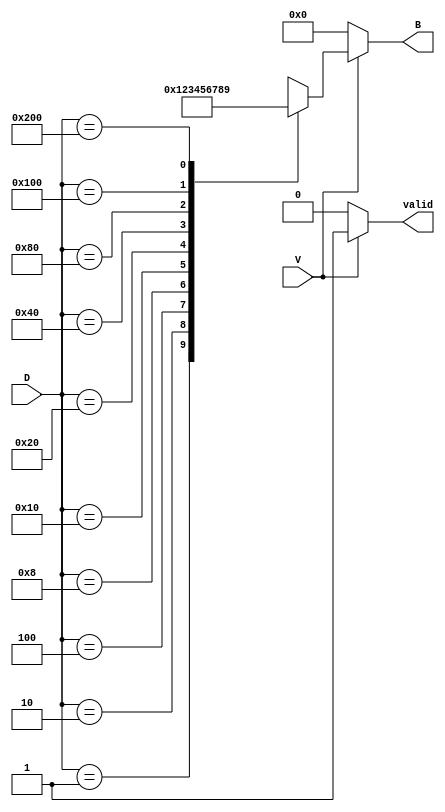
module DecimalToBinaryEncoder(
    input wire [9:0] D,    // Decimal inputs D0 to D9
    input wire V,          // Valid input signal
    output reg [3:0] B,    // Binary output B3 to B0
    output reg valid       // Output valid flag
);

always @(*) begin
    if (!V) begin
        B = 4'b0000;      // Output 0 when valid signal is low
        valid = 1'b0;     // Indicate invalid output
    end else begin
        valid = 1'b1;     // Indicate valid output
        case (D)
            10'b0000000001: B = 4'b0000; // D0
            10'b0000000010: B = 4'b0001; // D1
            10'b0000000100: B = 4'b0010; // D2
            10'b0000001000: B = 4'b0011; // D3
            10'b0000010000: B = 4'b0100; // D4
            10'b0000100000: B = 4'b0101; // D5
            10'b0001000000: B = 4'b0110; // D6
            10'b0010000000: B = 4'b0111; // D7
            10'b0100000000: B = 4'b1000; // D8
            10'b1000000000: B = 4'b1001; // D9
            default:         B = 4'bxxxx; // Invalid state (multiple inputs)
        endcase
    end
end

endmodule